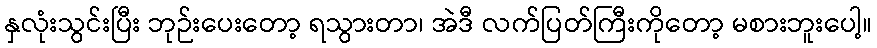
နှလုံးသွင်းပြီး ဘုဉ်းပေးတော့ ရသွားတာ၊ အဲဒီ လက်ပြတ်ကြီးကိုတော့ မစားဘူးပေါ့။